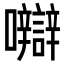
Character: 𡅼